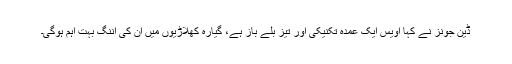
ڈین جونز نے کہا اویس ایک عمدہ تکنیکی اور تیز بلے باز ہے، گیارہ کھلاڑیوں میں ان کی اننگ بہت اہم ہوگی۔